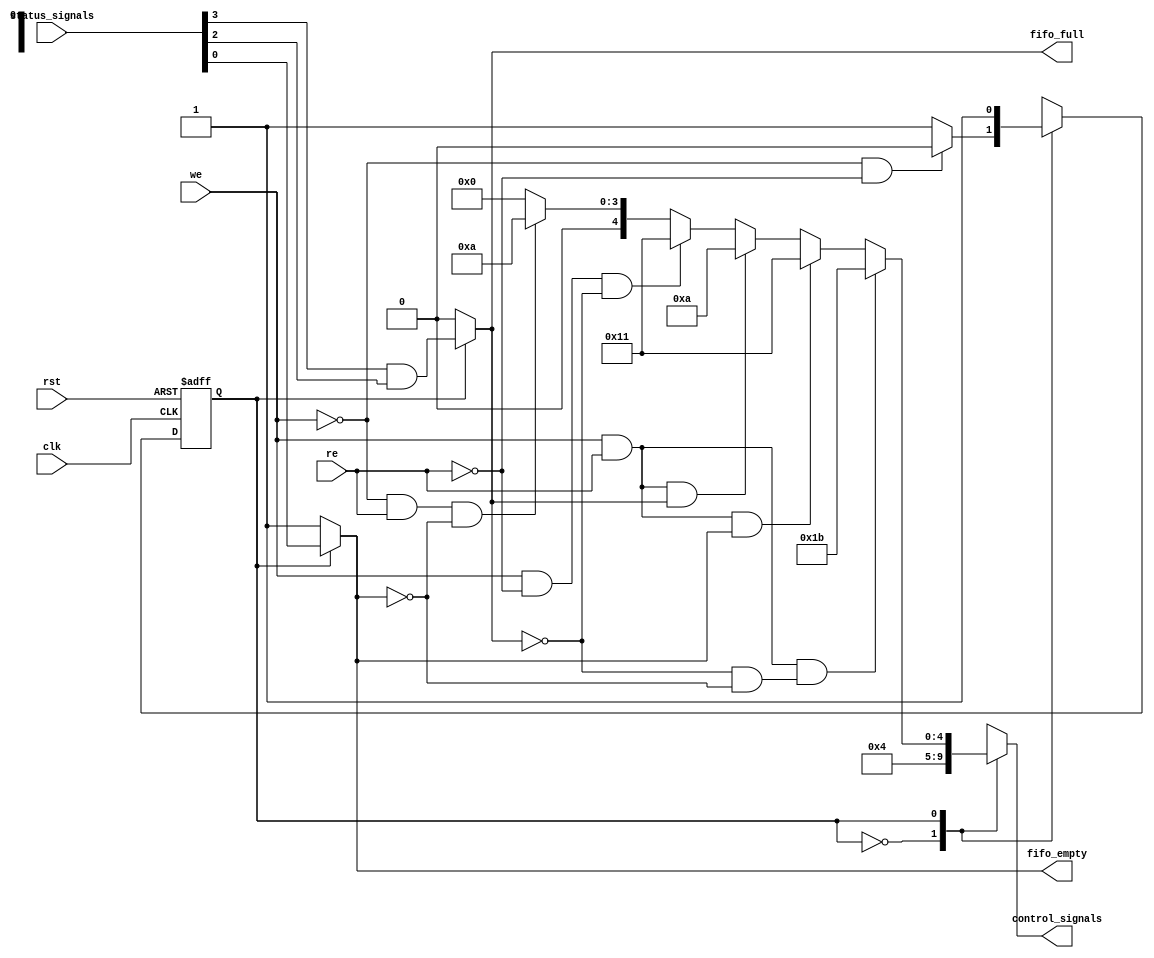
`timescale 1ns / 1ps
//////////////////////////////////////////////////////////////////////////////////
// Company: 
// Engineer: 
// 
// Design Name: 
// Module Name: controller
// Project Name: 
// Target Devices: 
// Tool Versions: 
// Description: 
// 
// Dependencies: 
// 
// Revision:
// Revision 0.01 - File Created
// Additional Comments:
// 
//////////////////////////////////////////////////////////////////////////////////


module controller#(parameter fwft_enable = 1)(

    input wire clk,
    input wire rst,
    input wire we,
    input wire re,
    input wire [3:0] status_signals,
    output reg [4:0] control_signals,
    output reg fifo_full,
    output reg fifo_empty
    
    );
    
    reg  state,next_state;
    
    localparam state_0 = 1'b0;
    localparam state_1 = 1'b1;
   
    
   
    (*dont_touch = "true" *)
    
    
    always @(posedge clk,posedge rst) begin
        
        if(rst)
            state <= state_0;
        else 
            state <= next_state;
    end
    
    always @(state,we,re,status_signals) begin
    
    case(state)
        

        state_0: begin
            if(we==0 && re==0)
                next_state <= state_0;
            else 
                next_state <= state_1;
        end
        state_1:begin
                next_state <= state_1;
        end

        default: next_state <= state_0;
    endcase 
    end
    
    always @(state,we,re,status_signals,fifo_full,fifo_empty) begin  // status_signals = {not_equal_flag,equal_flag_full,equal_flag_empty_fwft,equal_flag_empty}
                                                                // control_signals = {load_data,read_data,rst,r_adr_trigger,w_adr_trigger}
    case(state)
        state_0:control_signals <= 5'b00100;
        state_1: begin
            if((we==1&&re==1)&&(!fifo_full && !fifo_empty))     // load and read data (if fifo not full and not empty)
                control_signals <= 5'b11011;
            else if((we==1&&re==1)&& fifo_empty)                // load and read data (if fifo empty)
                control_signals <= 5'b10001; 
            else if((we==1&&re==1)&& fifo_full)                 // load and read data (if fifo full)
                control_signals <= 5'b01010;   
            else if((we==1&&re==0)&&(!fifo_full))               // load data
                control_signals <= 5'b10001; 
            else if((we==0&&re==1)&&(!fifo_empty))               // read data
                control_signals <= 5'b01010;
            else
                control_signals <= 5'b00000;
        end

        default: control_signals <= 5'b00000;
    endcase
    end 
    
    always @(*) begin
    
    case(state)
        state_0: begin
    
            fifo_full = 0;
            fifo_empty = 1;
        end
        
        default: begin
            fifo_full = (status_signals[3] && status_signals[2]);

            fifo_empty = status_signals[0] ; 
    
        end
        
    endcase
    end

endmodule